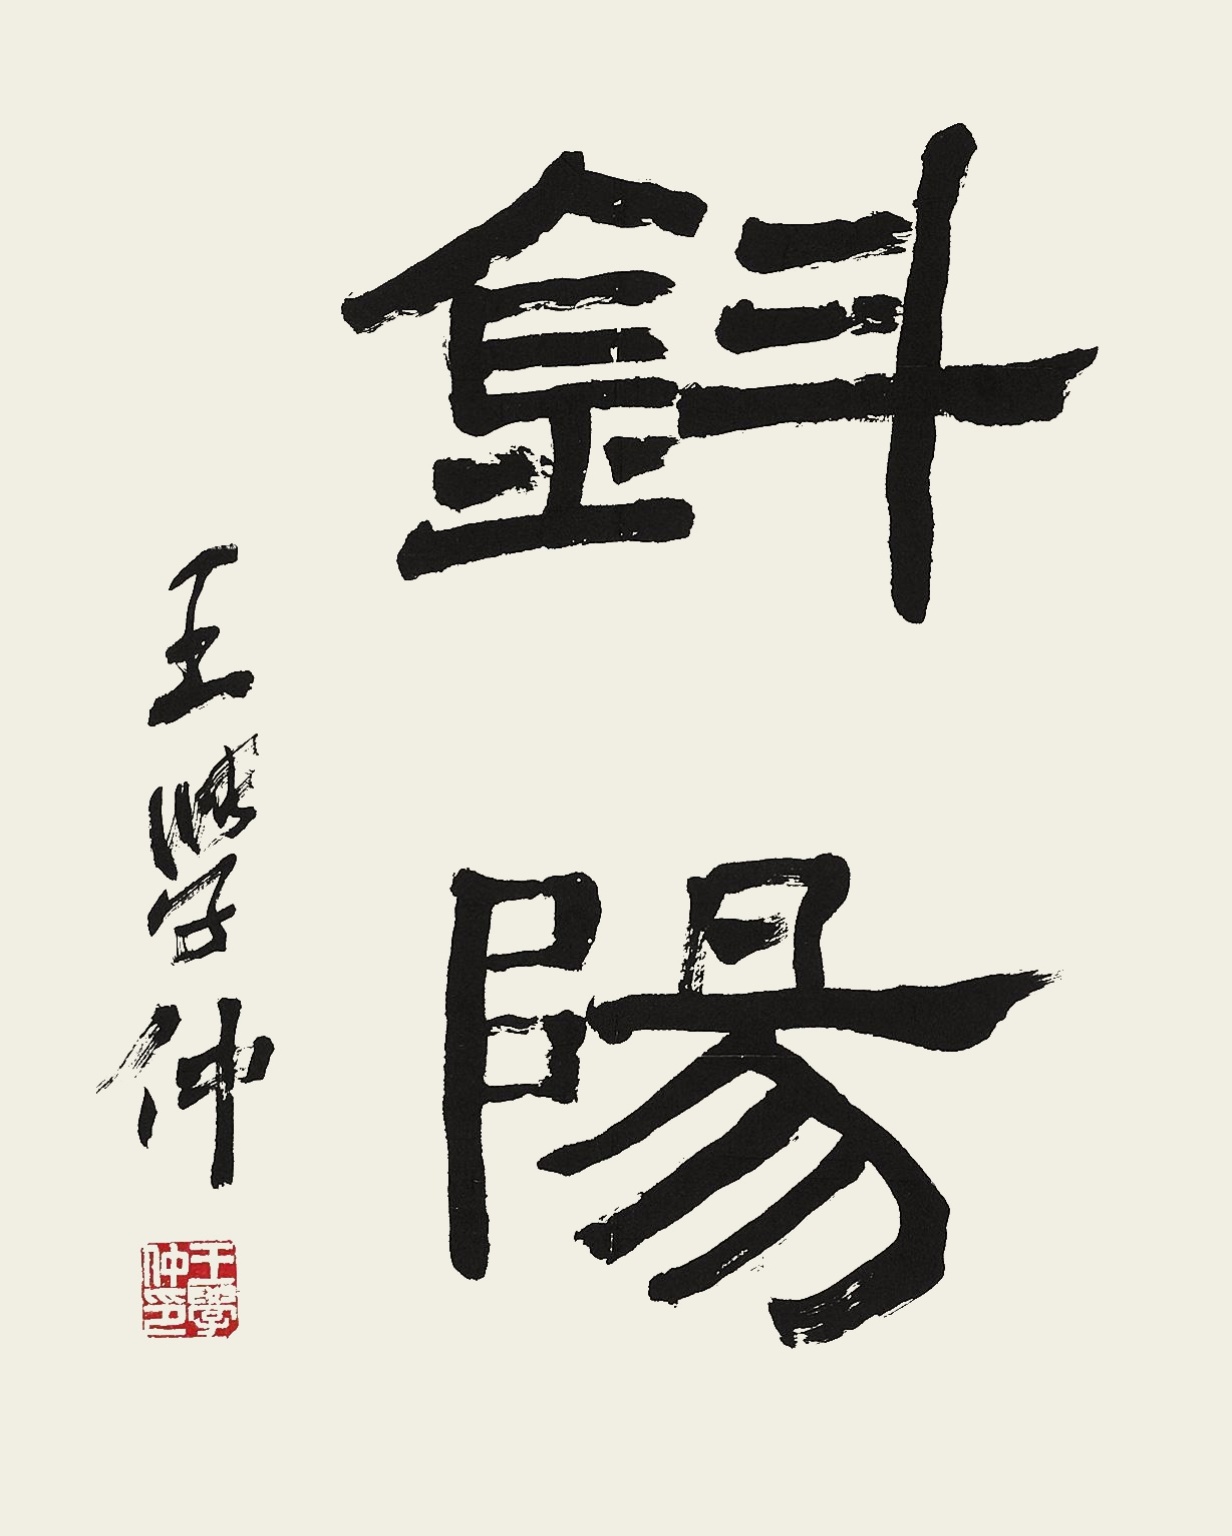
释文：斜阳。王学仲印